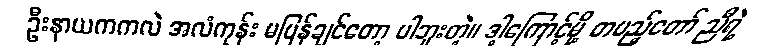
ဦးနာယကကလဲ အလံကုန်း မပြန်ချင်တော့ ပါဘူးတဲ့။ ဒါ့ကြောင့်မို့ တပည့်တော် ညီရဲ့